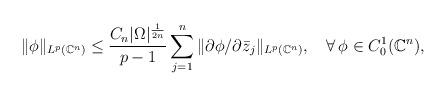
LaTeX: \begin{align*}\|\phi\|_{L^{p}(\mathbb C^n)}\le \frac{C_n|\Omega|^{\frac1{2n}}}{p-1} \sum_{j=1}^n \|\partial \phi/\partial\bar{z}_j\|_{L^p(\mathbb C^n)},\ \ \ \forall\,\phi\in C^1_0(\mathbb C^n),\end{align*}